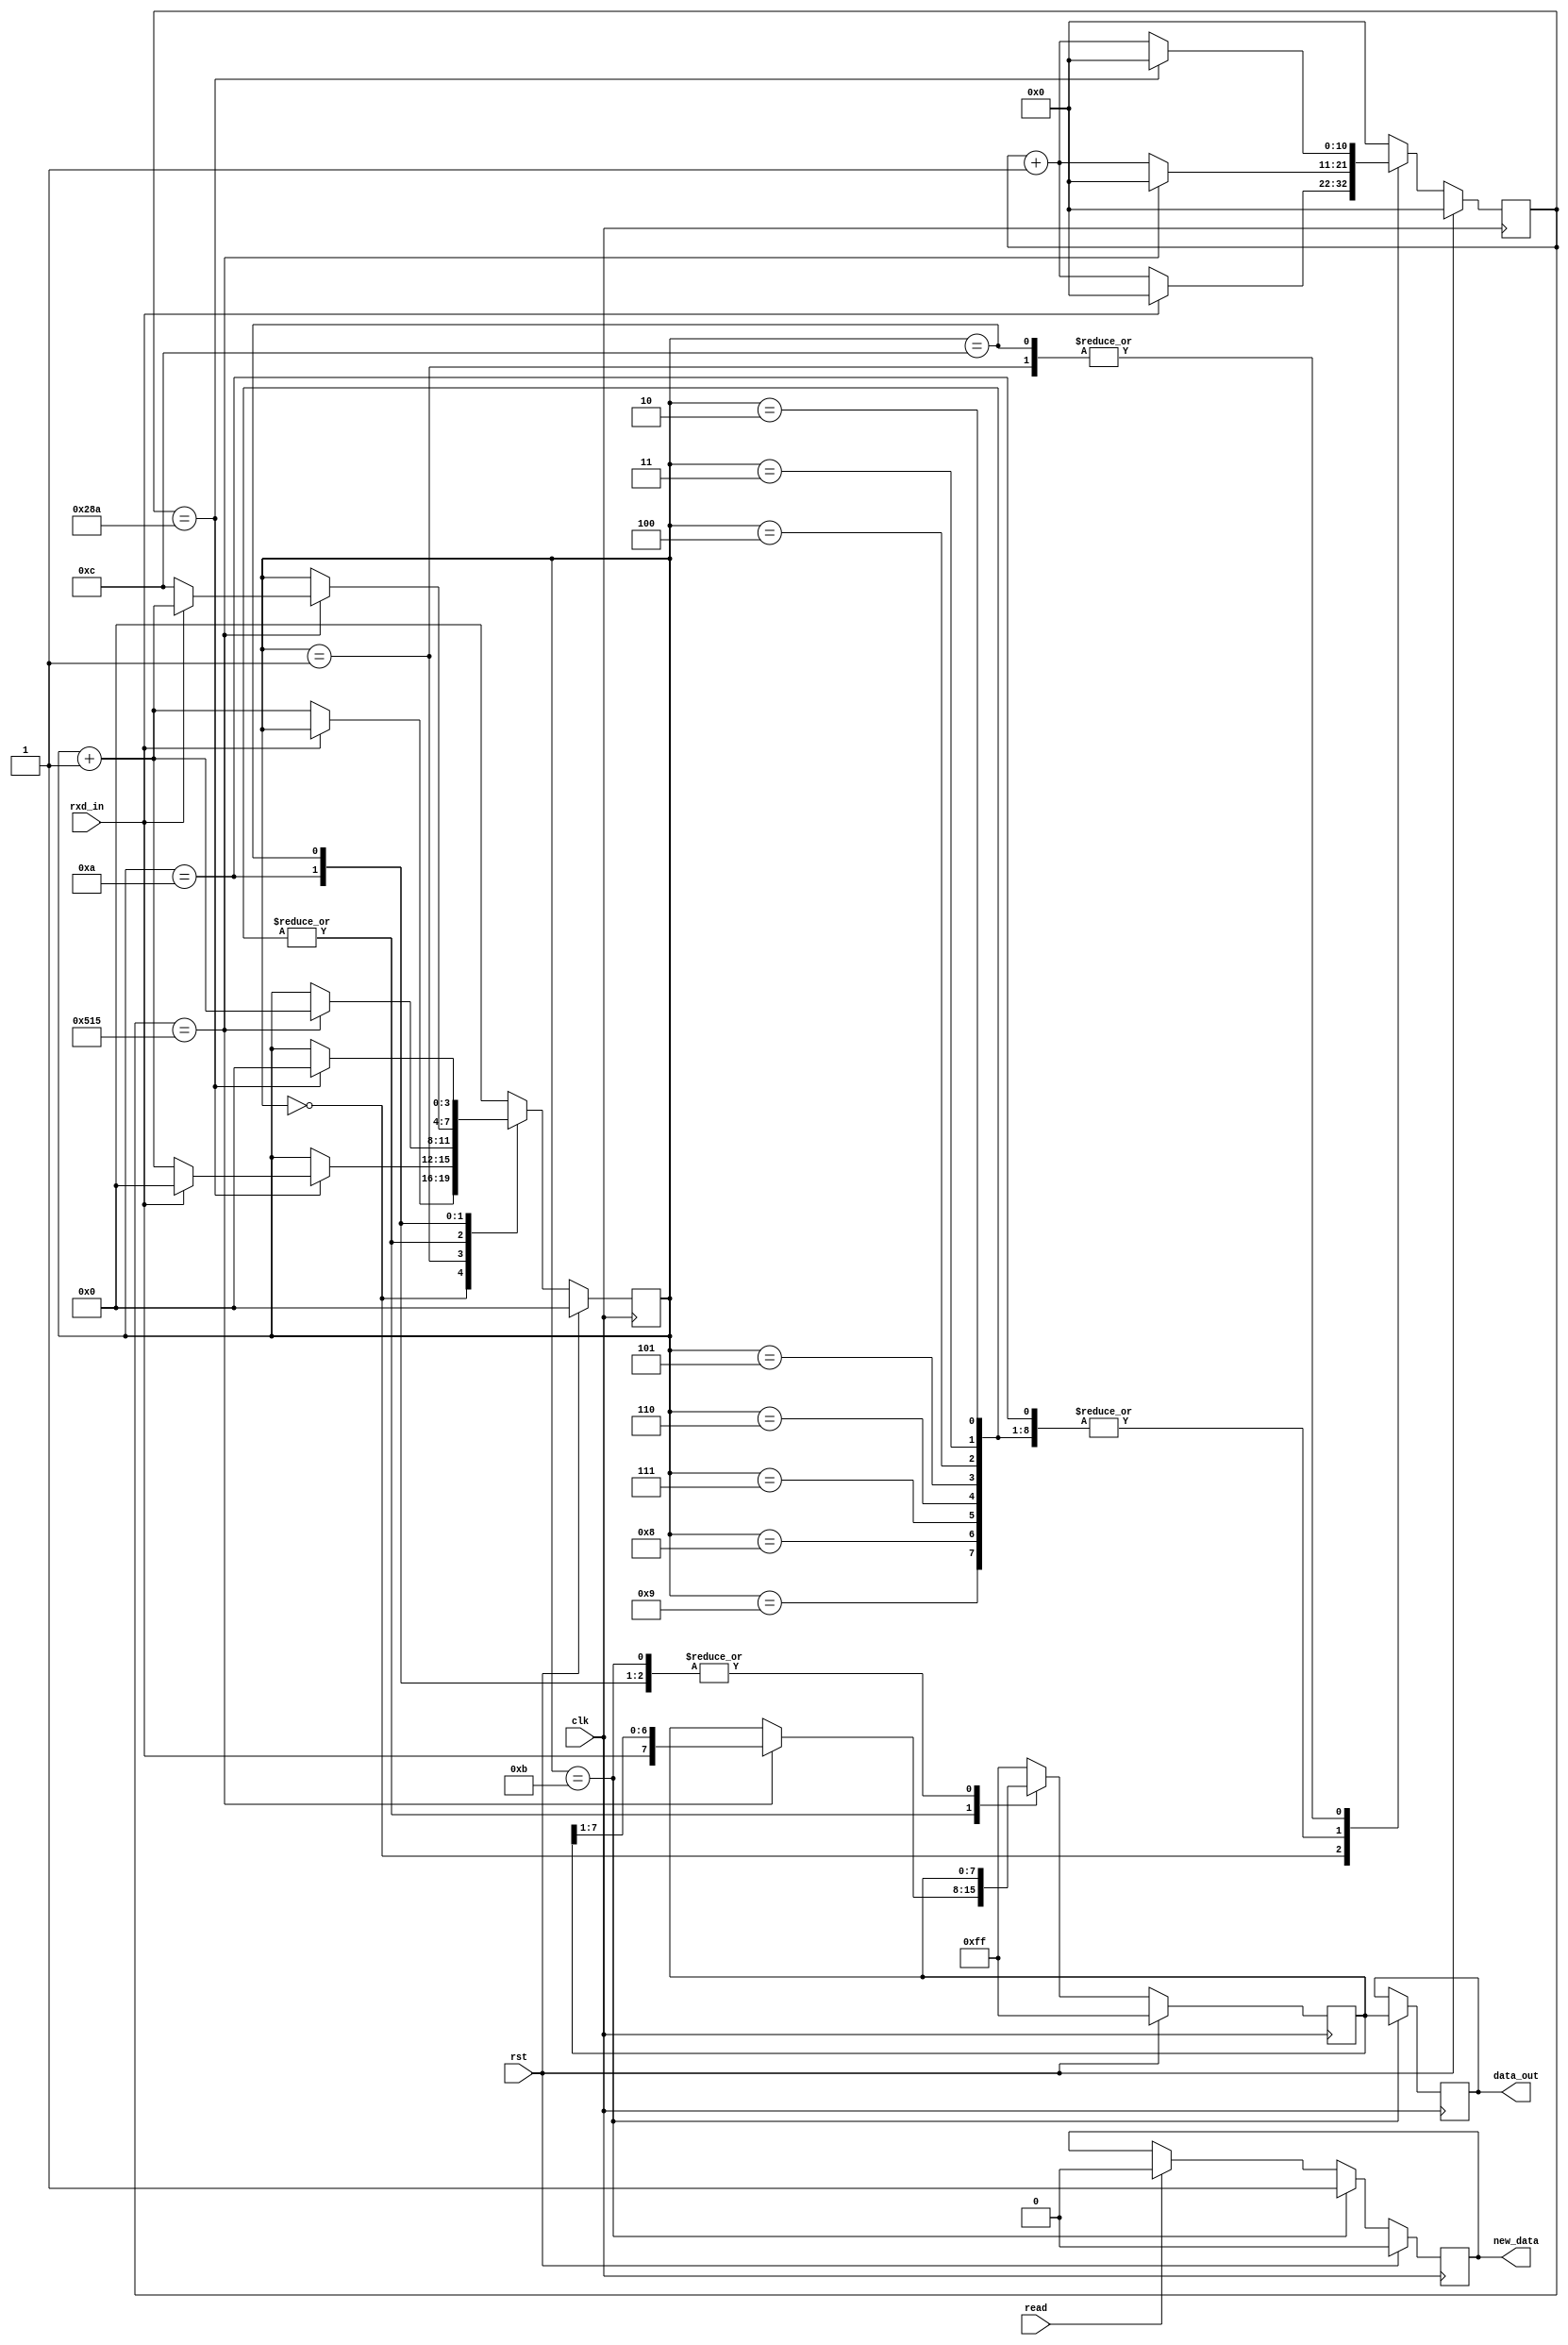
`timescale 1ns / 1ps
//////////////////////////////////////////////////////////////////////////////////
// Company: 
// Engineer: 
// 
// Design Name: 
// Module Name: UART_rx
// Project Name: 
// Target Devices: 
// Tool Versions: 
// Description: 
// 
// Dependencies: 
// 
// Revision:
// Revision 0.01 - File Created
// Additional Comments:
// 
//////////////////////////////////////////////////////////////////////////////////


module UART_rx(
    input rst,
    input clk,
    input rxd_in,
    input read,
    output [7:0] data_out,
    output new_data
    );
    
//
    ////////////////////////////////////////////////////////////////////////////////
    //
       reg        flag;
       reg  [3:0] state;
       reg [10:0] cntr;
       reg  [7:0] RXD;
       reg  [7:0] Dout;
    //   
       parameter  IDLE = 0;
       parameter START = 1;
       parameter  BIT0 = 2;
       parameter  BIT1 = 3;
       parameter  BIT2 = 4;
       parameter  BIT3 = 5;
       parameter  BIT4 = 6;
       parameter  BIT5 = 7;
       parameter  BIT6 = 8;
       parameter  BIT7 = 9;
       parameter  STOP = 10;
       parameter  NXTB = 11;
       parameter ERROR = 12;
    //
       parameter  Dprs = 8'b11111111;
    //
       parameter  Frqz = 1302;      // 50,000/38.4
    
       wire   wrap2, wrap;
       assign wrap2 = (cntr == Frqz/2-1);
       assign wrap  = (cntr == Frqz  -1);
    //
    ////////////////////////////////////////////////////////////////////////////////
    //

    always @(posedge clk)
        if(rst) begin
            state <= IDLE;
            cntr  <= 0;
            RXD   <= Dprs; // 8'b11111111 -> RXD
        end
        else begin
            case(state)
                IDLE: begin
                        RXD  <= RXD;
                        if (rxd_in) begin
                            state <= state;
                            cntr <= 0;
                        end
                        else begin
                            state <= state + 1;
                            cntr  <=  cntr + 1;
                        end
                      end
                START: begin
                         RXD  <= RXD;
                         if(!wrap2) begin
                            state <= state;
                            cntr <= cntr + 1;
                         end
                         else begin
                             cntr <= 0;
                             if (rxd_in) state <= IDLE;
                             else state <= state + 1;
                             end
                         end
                 BIT0,   
                 BIT1,
                 BIT2,
                 BIT3,
                 BIT4,
                 BIT5,
                 BIT6,
                 BIT7:   begin
                            if (!wrap) begin
                                state <= state;
                                cntr  <= cntr + 1;
                                 RXD <= RXD;
                            end
                            else begin
                                    state <= state + 1;
                                    cntr  <= 0;
                                    RXD  <= {rxd_in, RXD[7:1]}; // rxd_in111 1111 -> RXD 
                            end
                          end
                 STOP: begin
                        RXD <= RXD;
                        if(!wrap) begin
                            state <= state;
                            cntr <= cntr + 1;
                        end
                        else begin
                                cntr <= 0;
                                if (rxd_in) state <= state + 1;
                                else        state <= ERROR;
                        end
                      end
                 NXTB: begin
                            state <= IDLE;
                            cntr  <= 0;
                              RXD <= RXD;
                       end
                 ERROR: begin
                            RXD <= RXD;
                            if(!wrap2) begin
                                state <= state;
                                cntr <= cntr + 1;
                            end
                            else begin
                                state <= IDLE;
                                 cntr <= 0;
                            end
                        end
                default:
                        begin
                            state <= IDLE;
                            cntr  <= 0;
                            RXD <= Dprs;
                        end
                endcase
           end
           
           wire   get_data;
           assign get_data = (state == NXTB); //RXTB
           
           always @(posedge clk) begin
                if (get_data) Dout <= RXD;
                else          Dout <= Dout;
           end
               
           assign data_out  = Dout;
           
           always @(posedge clk) begin
                if (rst) flag <= 1'b0;
                else begin
                    if (get_data) flag <= 1'b1;
                    else begin
                        if (read) flag <= 1'b0;
                        else      flag <= flag;
                    end
                end
           end
           
           assign new_data = flag;
           
endmodule